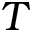
T